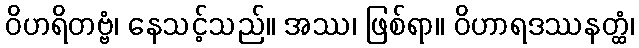
ဝိဟရိတဗ္ဗံ၊ နေသင့်သည်။ အဿ၊ ဖြစ်ရာ။ ဝိဟာရဒဿနတ္ထံ၊